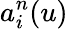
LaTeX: a_{i}^{n}(u)